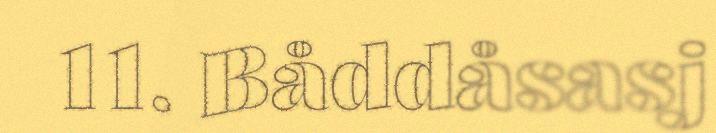
11. Båddåsasj